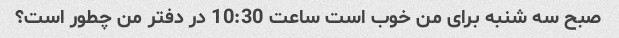
صبح سه شنبه برای من خوب است ساعت 10:30 در دفتر من چطور است؟